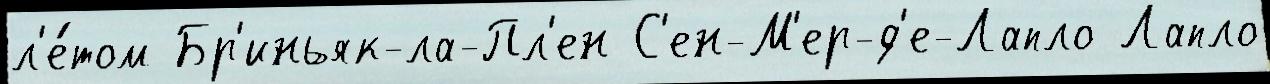
л'е́том Бр'иньяк-ла-Пл'ен С'ен-М'ер-д'е-Лапло Лапло